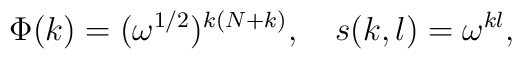
\Phi(k)=(\omega^{1/2})^{k(N+k)},~~~ s(k,l)=\omega^{kl},